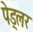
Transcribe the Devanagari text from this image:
पेड्लर